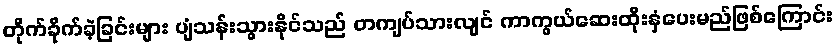
တိုက်ခိုက်ခဲ့ခြင်းများ ပျံသန်းသွားနိုင်သည် တကျပ်သားလျင် ကာကွယ်ဆေးထိုးနှံပေးမည်ဖြစ်ကြောင်း